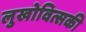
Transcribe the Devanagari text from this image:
लुखोवित्सकी